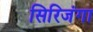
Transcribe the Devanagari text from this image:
सिरिजंगा